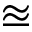
\approxeq